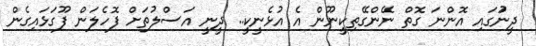
ދީނުަގައި އޮންނަ ގޮތް ނޭންގޭތިކީނޫން އެ އުޅެނީކީ.. ދީނީ އަސްލުތަށް ފޮހެލަން ފޫގަޅައިގެން